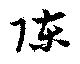
陳